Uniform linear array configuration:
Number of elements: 4
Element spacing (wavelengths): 0.25
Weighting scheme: hamming
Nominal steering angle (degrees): -60
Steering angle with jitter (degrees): -61.796
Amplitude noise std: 0.05
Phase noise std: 0.05

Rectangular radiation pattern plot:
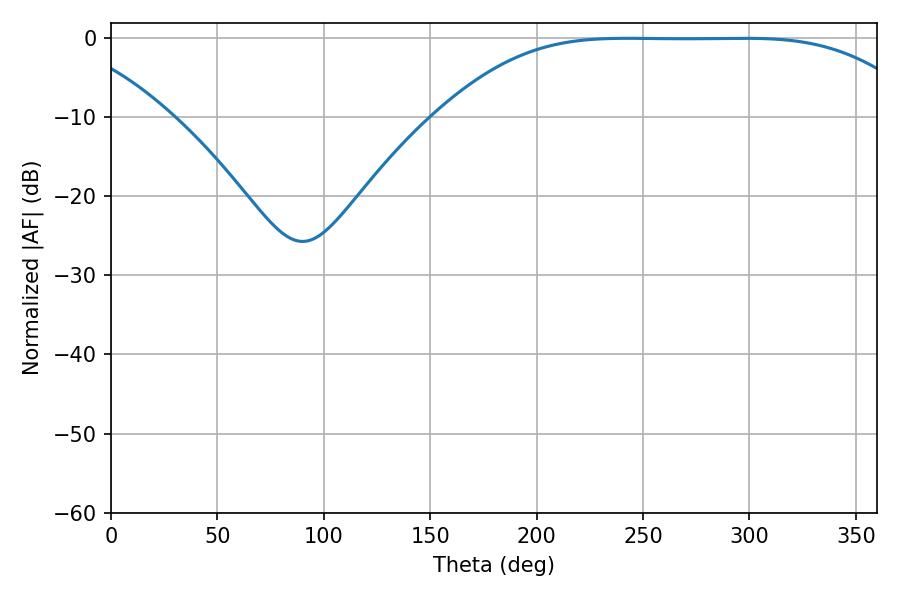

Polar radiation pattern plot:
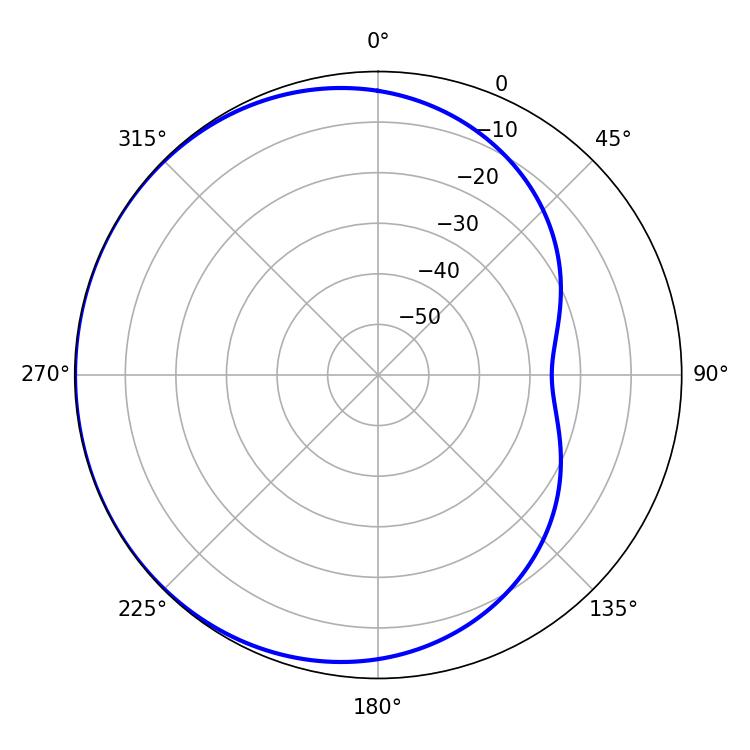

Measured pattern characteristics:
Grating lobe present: FALSE
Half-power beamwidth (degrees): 168.48
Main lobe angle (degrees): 242.82